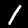
Label: 1